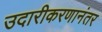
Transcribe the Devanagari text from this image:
उदारीकरणानंतर